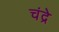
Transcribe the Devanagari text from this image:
चंद्रे